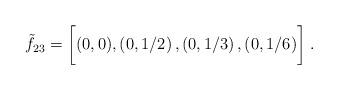
LaTeX: \begin{align*}\tilde f_{23}=\biggl[ (0,0),\left( 0, 1/2 \right),\left( 0, 1/3 \right),\left( 0, 1/6 \right) \biggr]\;.\end{align*}